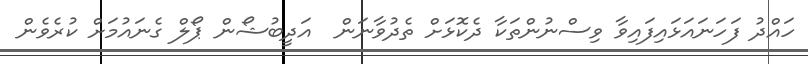
ހައްދު ފަހަނައަޅައިފައިވާ ވިސްނުންތަކާ ދެކޮޅަށް ތެދުވާނަން  އަދީބުޝޯން ޕޯލް ގެނައުމަށް ކުރެވެން